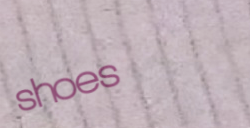
shoes